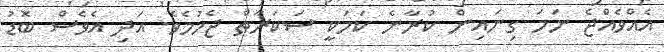
އެއްވެއްޖެ ނަމަ ގިނައިން ކުރާނެ ކަމަކީ ސަކަރާތް ޖެހުމެވެ. އަދި އެވެސް ބޮޑު